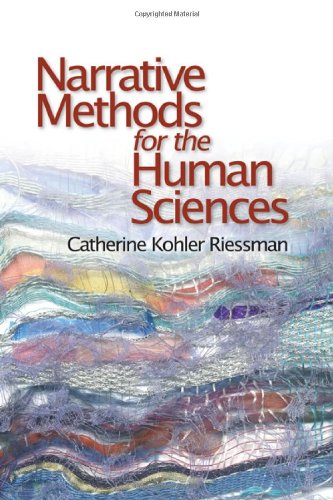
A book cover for Narrative Methods for the Human Sciences; Catherine Kohler Riessman; Politics & Social Sciences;